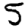
Digit: 5